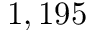
1 , 1 9 5